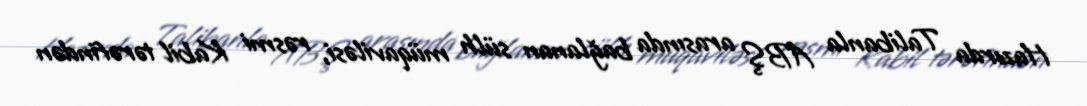
Hazırda Talibanla ABŞ arasında bağlanan sülh müqaviləsi, rəsmi Kabil tərəfindən